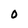
Character: O